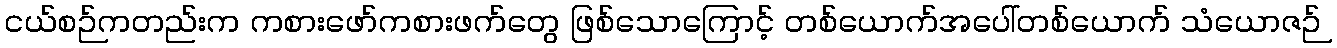
ငယ်စဉ်ကတည်းက ကစားဖော်ကစားဖက်တွေ ဖြစ်သောကြောင့် တစ်ယောက်အပေါ်တစ်ယောက် သံယောဇဉ်